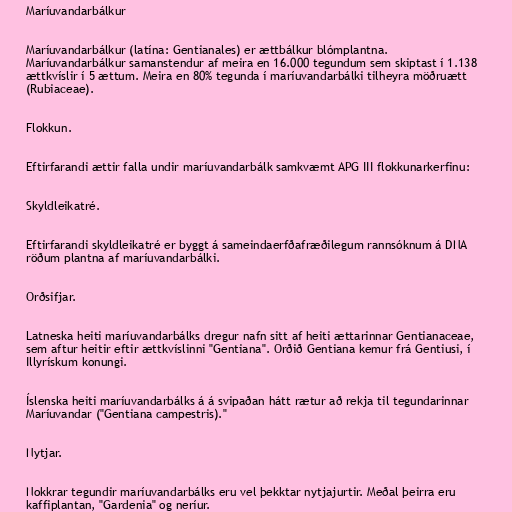
Maríuvandarbálkur

Maríuvandarbálkur (latína: Gentianales) er ættbálkur blómplantna.
Maríuvandarbálkur samanstendur af meira en 16.000 tegundum sem skiptast í 1.138
ættkvíslir í 5 ættum. Meira en 80% tegunda í maríuvandarbálki tilheyra möðruætt
(Rubiaceae).

Flokkun.

Eftirfarandi ættir falla undir maríuvandarbálk samkvæmt APG III flokkunarkerfinu:

Skyldleikatré.

Eftirfarandi skyldleikatré er byggt á sameindaerfðafræðilegum rannsóknum á DNA
röðum plantna af maríuvandarbálki.

Orðsifjar.

Latneska heiti maríuvandarbálks dregur nafn sitt af heiti ættarinnar Gentianaceae,
sem aftur heitir eftir ættkvíslinni "Gentiana". Orðið Gentiana kemur frá Gentiusi, í
Illyrískum konungi.

Íslenska heiti maríuvandarbálks á á svipaðan hátt rætur að rekja til tegundarinnar
Maríuvandar ("Gentiana campestris)."

Nytjar.

Nokkrar tegundir maríuvandarbálks eru vel þekktar nytjajurtir. Meðal þeirra eru
kaffiplantan, "Gardenia" og neríur.